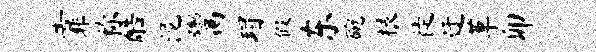
靠称酷泥鬻瑁假东碗根徙迂草卯